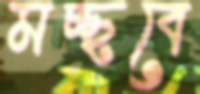
মচ্ছবে